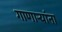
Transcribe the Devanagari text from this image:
गाणाऱ्यांना